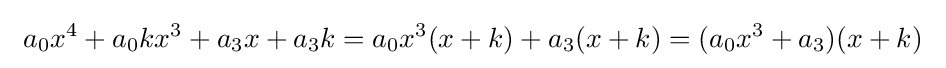
\ a_{0}x^{4}+a_{0}kx^{3}+a_{3}x+a_{3}k=a_{0}x^{3}(x+k)+a_{3}(x+k)=(a_{0}x^{3}+a_{3})(x+k)\